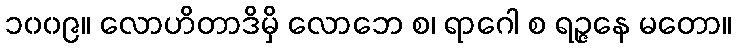
၁၀၀၉။ လောဟိတာဒိမှိ လောဘေ စ၊ ရာဂေါ စ ရဉ္ဇနေ မတော။